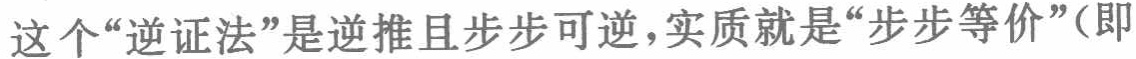
这个“逆证法”是逆推且步步可逆，实质就是“步步等价”（即